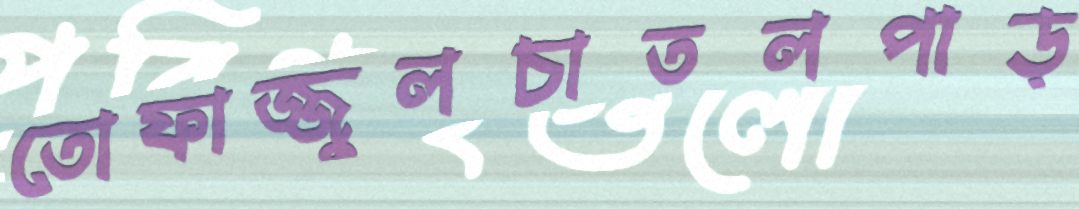
তোফাজ্জুলচাতলপাড়